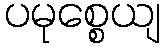
ပမုစ္စေယျ